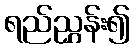
ရည်ညွှန်း၍